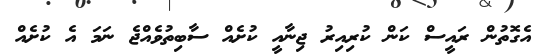
އެގޮތުން ރައީސް ކަން ކުރިއިރު ޖިނާއީ ކުށެއް ސާބިތުވެއްޖެ ނަމަ އެ ކުށެއް